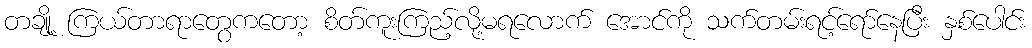
တချို့ ကြယ်တာရာတွေကတော့ စိတ်ကူးကြည့်လို့မရလောက် အောင်ကို သက်တမ်းရင့်ရော်နေပြီး နှစ်ပေါင်း